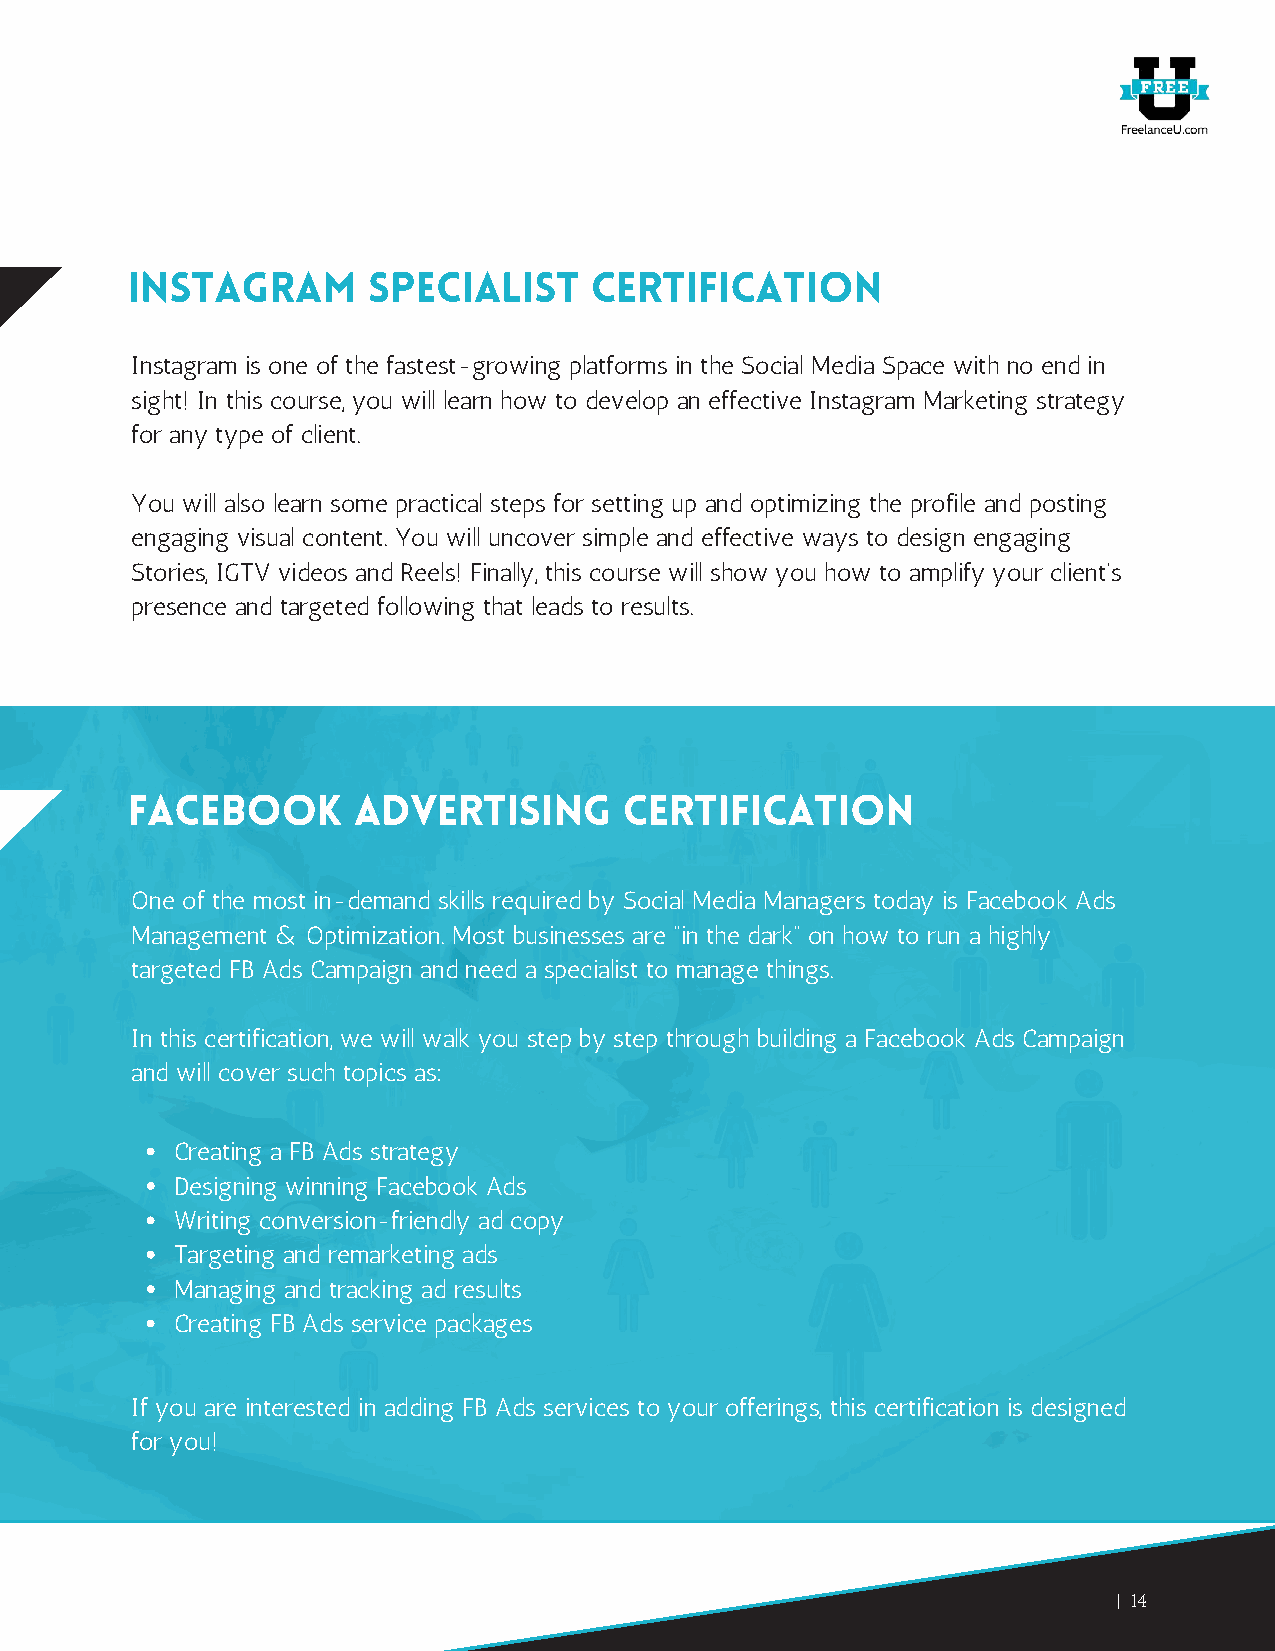
Instagram       Specialist     Certification
 Instagram is one of the fastest-growing platforms in the Social Media Space with no end in
 sight! In this course, you will learn how to develop an effective Instagram Marketing strategy
 for any type of client.
 You will also learn some practical steps for setting up and optimizing the profile and posting
 engaging visual content. You will uncover simple and effective ways to design engaging
 Stories, IGTV videos and Reels! Finally, this course will show you how to amplify your client’s
 presence and targeted following that leads to results.
 Facebook       Advertising       Certification
 One of the most in-demand skills required by Social Media Managers today is Facebook Ads
 Management & Optimization. Most businesses are “in the dark” on how to run a highly
 targeted FB Ads Campaign and need a specialist to manage things.
 In this certification, we will walk you step by step through building a Facebook Ads Campaign
 and will cover such topics as:
 Creating a FB Ads strategy
 Designing winning Facebook Ads
 Writing conversion-friendly ad copy
 Targeting and remarketing ads
 Managing and tracking ad results
 Creating FB Ads service packages
 If you are interested in adding FB Ads services to your offerings, this certification is designed
 for you!
 14